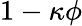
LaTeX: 1-\kappa\phi